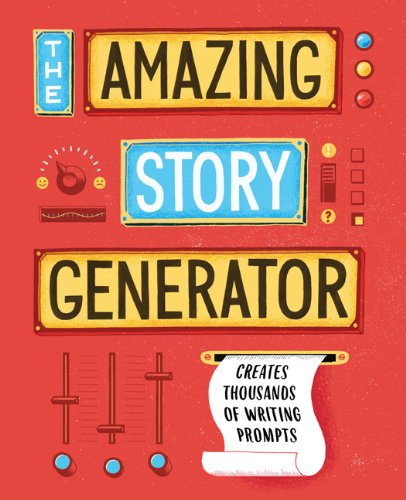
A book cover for The Amazing Story Generator: Creates Thousands of Writing Prompts; Jay Sacher; Reference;